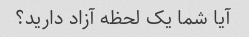
آیا شما یک لحظه آزاد دارید؟